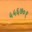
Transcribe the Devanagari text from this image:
५५६७०१